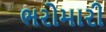
ભરોમારી